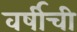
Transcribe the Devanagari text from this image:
वर्षीची